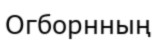
Огборнның